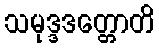
သမုဒ္ဒဒတ္တောတိ